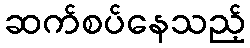
ဆက်စပ်နေသည့်